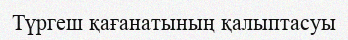
Түргеш қағанатының қалыптасуы